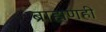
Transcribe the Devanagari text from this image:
ब्राह्मणही